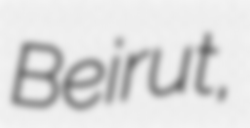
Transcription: Beirut,